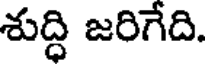
శుద్ధి జరిగేది.